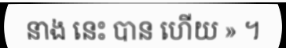
នាង នេះ បាន ហើយ » ។